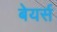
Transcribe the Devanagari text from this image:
बेयर्स